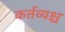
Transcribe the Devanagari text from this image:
कर्तव्यश्च